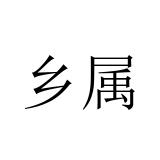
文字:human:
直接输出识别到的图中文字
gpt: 乡属